Vaccination in Bombay 1856-1862 - 1856-1862
Year: 1856
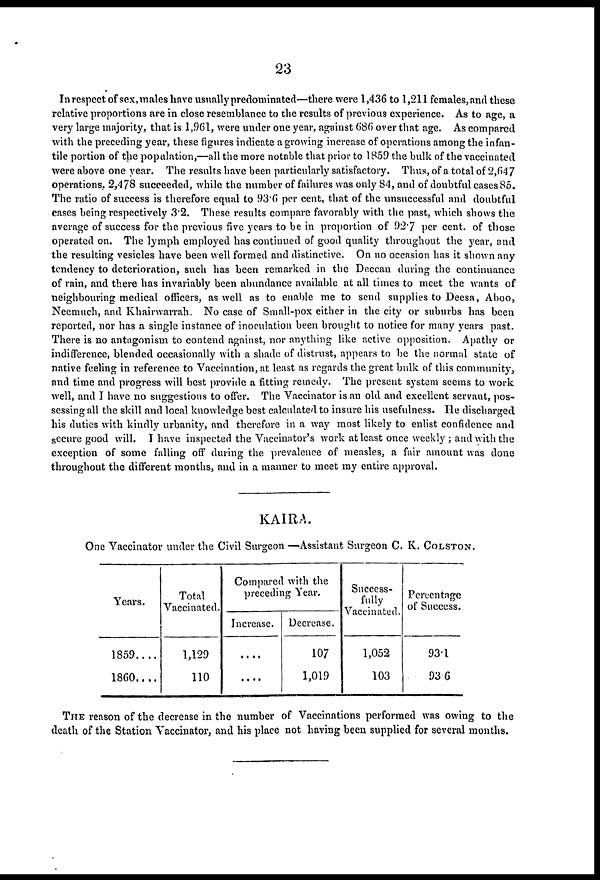
23
In respect of sex,males have usually predominated—there were 1,436 to 1,211 females, and these
relative proportions are in close resemblance to the results of previous experience. As to age, a
very large majority, that is 1,961, were under one year, against 686 over that age. As compared
with the preceding year, these figures indicate a growing increase of operations among the infan-
tile portion of the population,—all the more notable that prior to 1859 the bulk of the vaccinated
were above one year. The results have been particularly satisfactory. Thus, of a total of 2,647
operations. 2,478 succeeded, while the number of failures was only 84, and of doubtful cases 85.
The ratio of success is therefore equal to 93.6 per cent. that of the unsuccessful and doubtful
cases being respectively 3.2. These results compare favorably with the past, which shows the
average of success for the previous five years to be in proportion of 92.7 per cent. of those
operated on. The lymph employed has continued of good quality throughout the year, and
the resulting vesicles have been well formed and distinctive. On no occasion has it shown any
tendency to deterioration, such has been remarked in the Deccan during the continuance
of rain, and there has invariably been abundance available at all times to meet the wants of
neighbouring medical officers, as well as to enable me to send supplies to Deesa, Aboo,
Neemuch, and Khairwarrah. No case of Small-pox either in the city or suburbs has been
reported, nor has a single instance of inoculation been brought to notice for many years past.
There is no antagonism to contend against, nor anything like active opposition. Apathy or
indifference, blended occasionally with a shade of distrust, appears to be the normal state of
native feeling in reference to Vaccination, at least as regards the great bulk of this community,
and time and progress will best provide a fitting remedy. The present system seems to work
well, and I have no suggestions to offer. The Vaccinator is an old and excellent servant, pos-
sessing all the skill and local knowledge best calculated to insure his usefulness. He discharged
his duties with kindly urbanity, and therefore in a way most likely to enlist confidence and
secure good will. I have inspected the Vaccinator's work at least once weekly ; and with the
exception of some falling off during the. prevalence of measles, a fair amount was done
throughout the different months, and in a manner to meet my entire approval.
KAIRA.
One Vaccinator under the Civil Surgeon —Assistant Surgeon C. K. COLSTON.
Years.
1859....
1860....
Total
Vaccinated.
1,129
110
Compared with the
preceding Year.
Increase.
....
....
Decrease.
107
1,019
Success¬
fully
Vaccinated.
1,052
103
Percentage
of Success.
93.1
93.6
THE reason of the decrease in the number of Vaccinations performed was owing to the
death of the Station Vaccinator, and his place not having been supplied for several months.